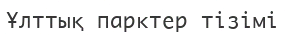
Ұлттық парктер тізімі